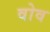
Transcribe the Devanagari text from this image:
वोव